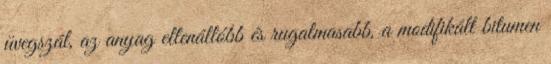
üvegszál, az anyag ellenállóbb és rugalmasabb, a modifikált bitumen